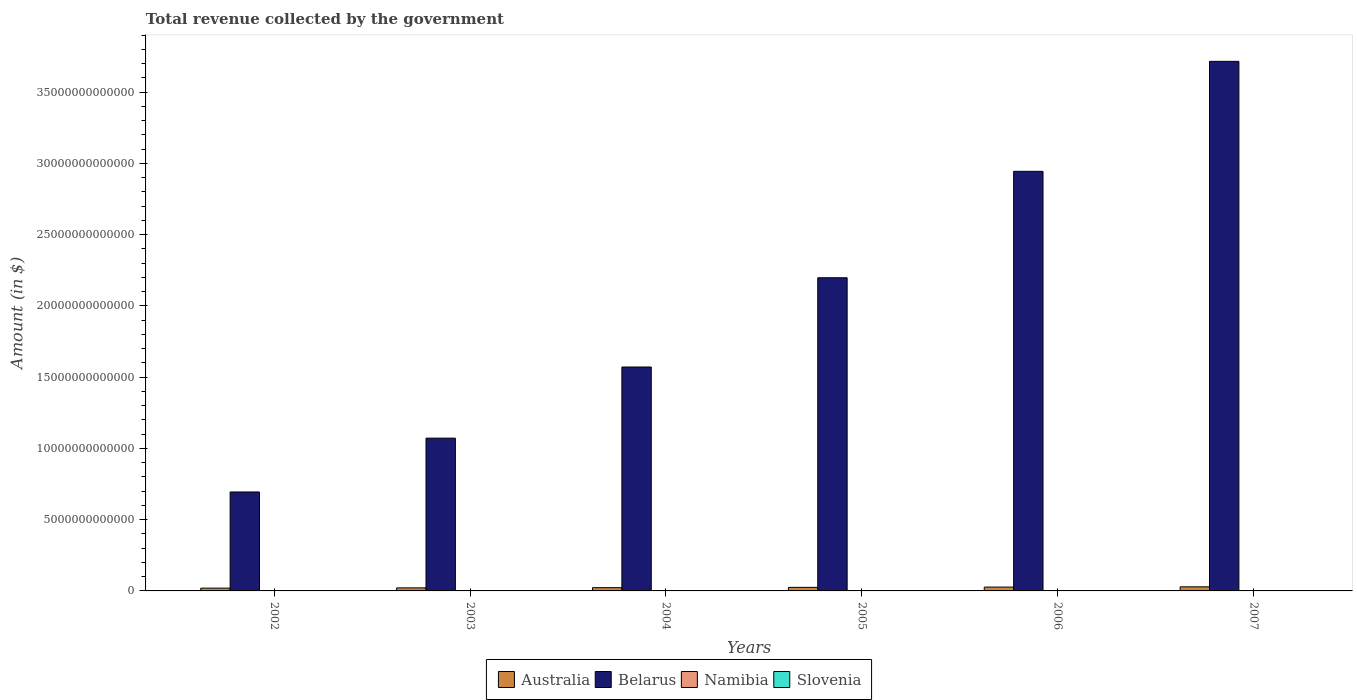
| Years | Australia | Belarus | Namibia | Slovenia |
 | --- | --- | --- | --- | --- |
 | 2002 | 1.96e+11 | 6.94e+12 | 1.04e+10 | 8.65e+09 |
 | 2003 | 2.13e+11 | 1.07e+13 | 9.71e+09 | 9.88e+09 |
 | 2004 | 2.29e+11 | 1.57e+13 | 1.13e+10 | 1.05e+10 |
 | 2005 | 2.5e+11 | 2.2e+13 | 1.3e+10 | 1.11e+10 |
 | 2006 | 2.69e+11 | 2.94e+13 | 1.75e+10 | 1.2e+10 |
 | 2007 | 2.87e+11 | 3.72e+13 | 1.82e+10 | 1.27e+10 |